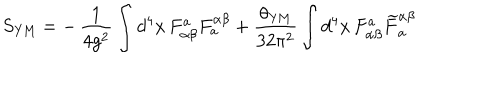
S _ { \mathrm { Y M } } = - \, \frac { 1 } { 4 g ^ { 2 } } \int d ^ { 4 } x \, F _ { \alpha \beta } ^ { a } F _ { a } ^ { \alpha \beta } + \frac { \theta _ { \mathrm { Y M } } } { 3 2 \pi ^ { 2 } } \int d ^ { 4 } x \, F _ { \alpha \beta } ^ { a } { \widetilde { F } } _ { a } ^ { \alpha \beta }